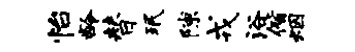
怡龄替珉隙戎浴偕烟